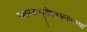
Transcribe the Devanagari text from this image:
रक्ताम्बरानुलेपनस्रगाभरणां